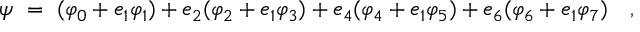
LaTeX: \psi ~ = ~ ( \varphi _ { 0 } + e _ { 1 } \varphi _ { 1 } ) + e _ { 2 } ( \varphi _ { 2 } + e _ { 1 } \varphi _ { 3 } ) + e _ { 4 } ( \varphi _ { 4 } + e _ { 1 } \varphi _ { 5 } ) + e _ { 6 } ( \varphi _ { 6 } + e _ { 1 } \varphi _ { 7 } ) \quad ,